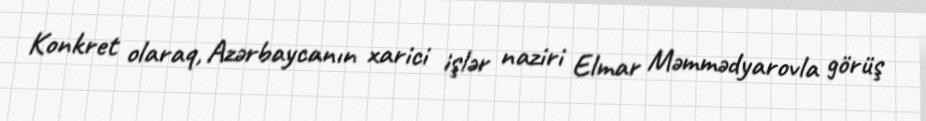
Konkret olaraq, Azərbaycanın xarici işlər naziri Elmar Məmmədyarovla görüş